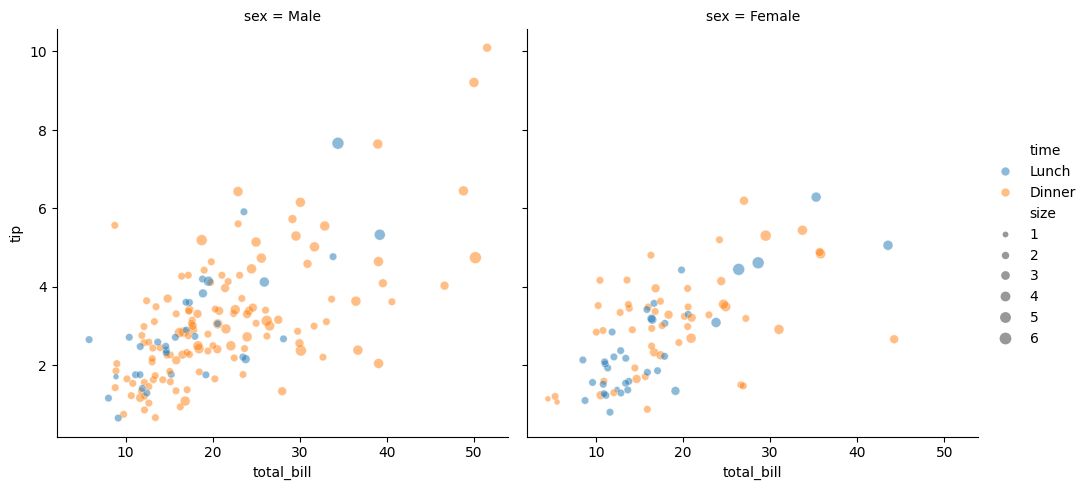
python, seaborn, relplot, alpha=0.5